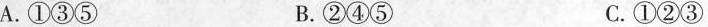
A.①③⑤ B.②④⑤ C.①②③